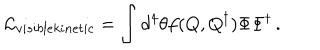
LaTeX: { \cal L } _ { v i s i b l e k i n e t i c } = \int d ^ { 4 } \theta f ( Q , Q ^ { \dagger } ) \Phi \Phi ^ { \dagger } \, .